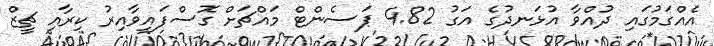
އެއްގަމުގައި ދުއްވާ އުޅަނދުގެ އަގު 4.82 ޕަސެންޓް މައްޗަށް ގޮސްފައިވާއިރު ކިރާއި ޗީޒް